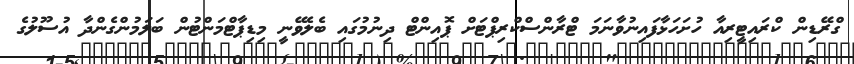
ގްރޭޑިން ކްރައިޓީރިއާ ހުށަހަޅާފައިނުވާނަމަ ޓްރާންސްކްރިޕްޓަށް ޕޮއިންޓް ދިނުމުގައި ބެލެވޭނީ މިޑިޕާޓްމަންޓުން ބަލަމުންގެންދާ އުސޫލުގެ